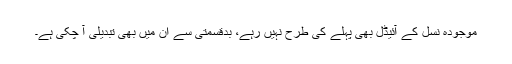
موجودہ نسل کے آئیڈل بھی پہلے کی طرح نہیں رہے، بدقسمتی سے ان میں بھی تبدیلی آ چکی ہے۔